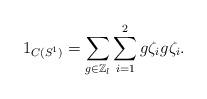
LaTeX: \begin{align*}1_{C(S^1)}=\sum_{g \in \mathbb{Z}_l}^{}\sum_{i=1}^{2}g\zeta_ig\zeta_i.\end{align*}